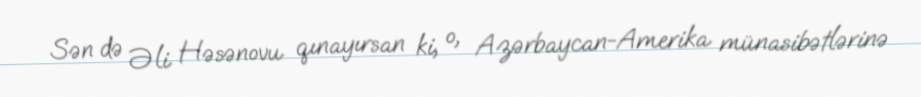
Sən də Əli Həsənovu qınayırsan ki, o, Azərbaycan-Amerika münasibətlərinə